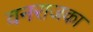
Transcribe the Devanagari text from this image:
वनराजका